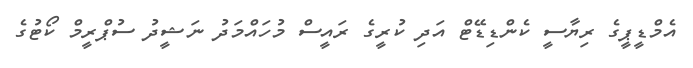
އެމްޑީޕީގެ ރިޔާސީ ކެންޑިޑޭޓް އަދި ކުރީގެ ރައީސް މުހައްމަދު ނަޝީދު ސުޕްރީމް ކޯޓުގެ